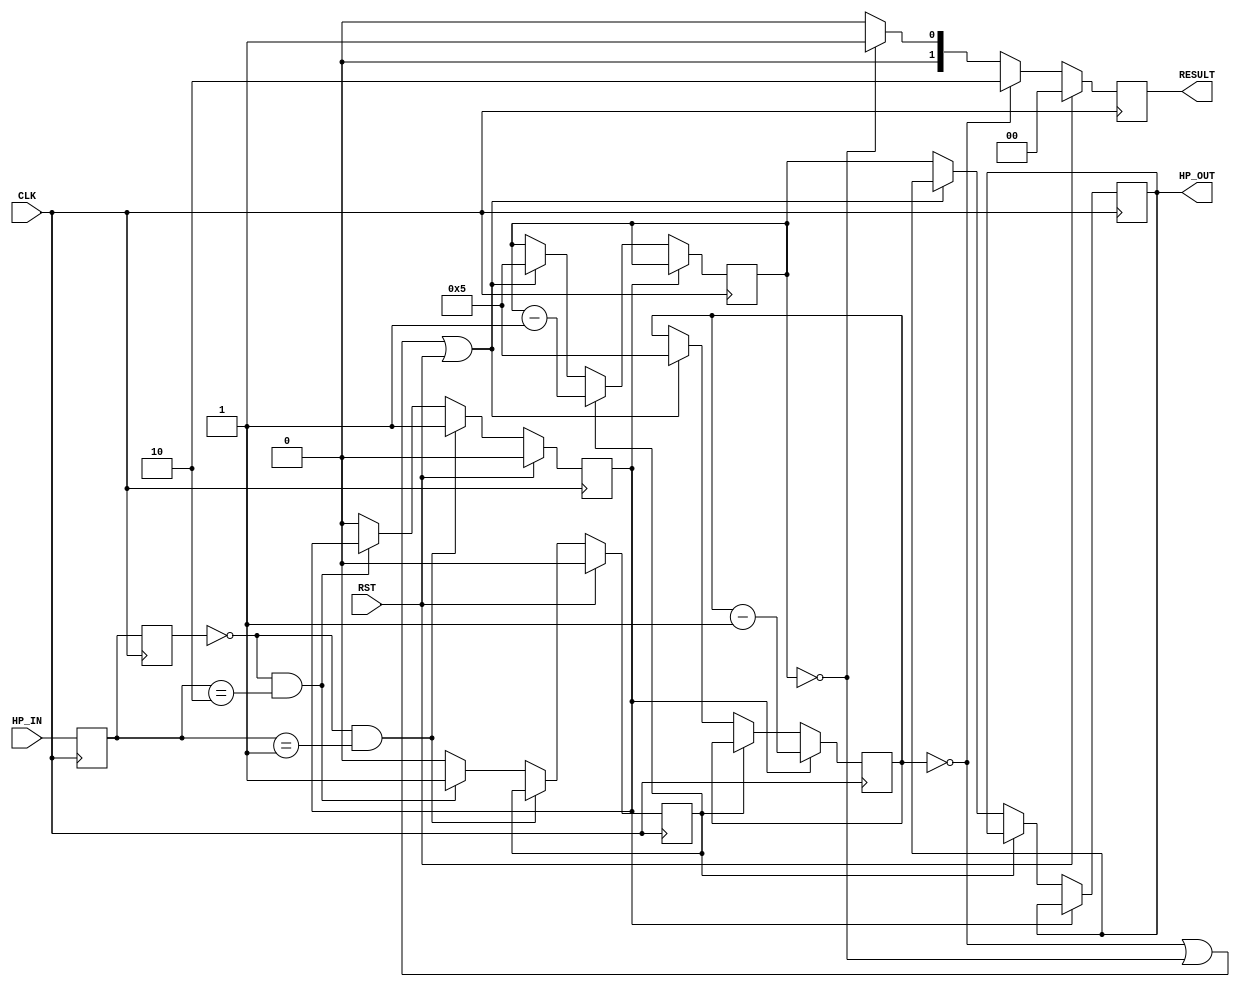
module MANAGE_HP(
input CLK,RST,
input [1:0] HP_IN,  //win_loseoutput 00 01  1011
output reg [1:0] RESULT,// 00 01 HP0 ()   10HP0 () 
output reg [3:0] HP_OUT //HPoutput
);

reg [3:0]MY_HP; 
reg [3:0]ENEMY_HP;
//reg [1:0] NUM; //2bit 
reg [3:0] LEVEL; // HP3bit
reg [1:0] cur, nxt;//HP_IN
reg win_flag;
reg lose_frag;

initial begin//HP10
MY_HP <= 4'd5;
ENEMY_HP <= 4'd5;
LEVEL <= 4'd1;
cur <= 0;
nxt <= 0;
win_flag <= 0;
lose_frag <= 0;
end

always @(posedge CLK) begin
    cur <= HP_IN;
end

always @(posedge CLK)begin
    nxt <= cur;
end


//0010
always @(posedge CLK) begin
    if(RST)begin
        win_flag <= 0;
        lose_frag <= 0;
    end
    else if(nxt == 2'b00 && cur == 2'b01)begin
        win_flag <= 1;
    end
    else if(nxt == 2'b00 && cur == 2'b10)begin
        lose_frag <= 1;
    end
    else begin
        win_flag <= 0;
        lose_frag <= 0;
    end
    
end

// always @(posedge CLK) begin
//     if(nxt == 2'b00 && cur == 2'b10)begin
//         lose_frag <= 1;
//     end
//     // else if(nxt == 2'b00 && cur == 2'b10)begin
//     //     lose_frag <= 1;
//     // end
//     else begin
//         //win_flag <= 0;
//         lose_frag <= 0;
//     end
    
// end


always @( posedge CLK)begin //HP
    //if(HP_IN == 2'b01) //
    if(win_flag)
        ENEMY_HP <= ENEMY_HP - LEVEL;
    else if (lose_frag) //
        MY_HP <= MY_HP - LEVEL;
	else if(ENEMY_HP == 4'b0 || MY_HP == 4'b0 || RST)begin
        MY_HP <= 4'd5;
	 	ENEMY_HP <= 4'd5;   
    end
    else
        HP_OUT <= MY_HP; //HPoutput

       // HP_OUT <= ENEMY_HP;
 end

always @( posedge CLK)begin  //HP0
    if(RST)begin
        RESULT <= 2'b0;
    end
    else if(ENEMY_HP == 4'b0)begin //HP0 
        RESULT <= 2'b10;
	 end	  
    else if(MY_HP == 4'b0)begin //HP0 
        RESULT <= 2'b01;
	end
    else
        RESULT <= 2'b00;  //
 end   


endmodule